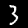
Label: 3